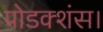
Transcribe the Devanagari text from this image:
प्रोडक्शंस।